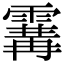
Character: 𩄢